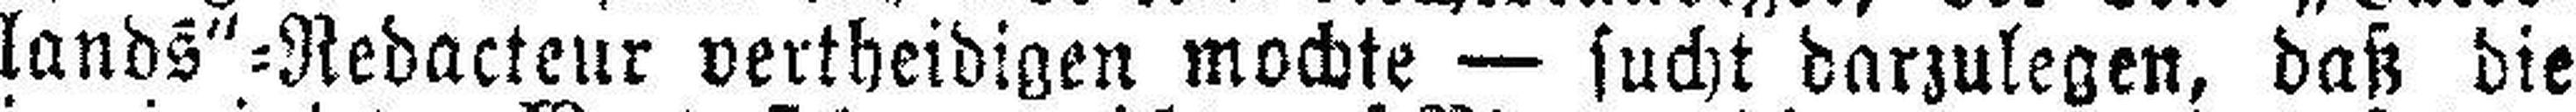
lands“=Redacteur vertheidigen mochte — sucht darzulegen, daß die